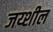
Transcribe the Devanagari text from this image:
जय्शील